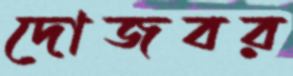
দোজবর